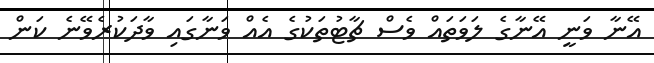
އޭނާ ވަނީ އޭނާގެ ލަވަތައް ވެސް ޗާޓުތަކުގެ އެއް ވަނާގައި ވާދަކުރެވޭނެ ކަން